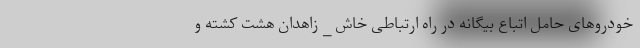
خودروهای حامل اتباع بیگانه‌ در راه ارتباطی خاش _ زاهدان هشت کشته و